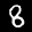
Digit: 8